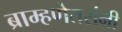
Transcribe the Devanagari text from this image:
ब्राम्हणेतरांनी